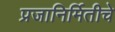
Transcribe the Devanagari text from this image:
प्रजानिर्मितीचे